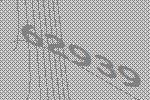
62939